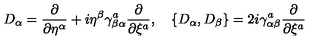
D _ { \alpha } = { \frac { \partial } { \partial \eta ^ { \alpha } } } + i \eta ^ { \beta } \gamma _ { \beta \alpha } ^ { a } { \frac { \partial } { \partial \xi ^ { a } } } , \quad \{ D _ { \alpha } , D _ { \beta } \} = 2 i \gamma _ { \alpha \beta } ^ { a } { \frac { \partial } { \partial \xi ^ { a } } }